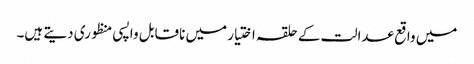
میں واقع عدالت کے حلقہ اختیار میں ناقابل واپسی منظوری دیتے ہیں۔